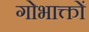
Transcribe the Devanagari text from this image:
गोभाक्तों